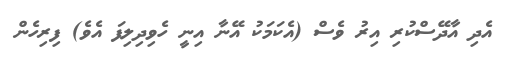
އެދި އާދޭސްކުރި އިރު ވެސް (އެކަމަކު އޭނާ އިނީ ހެވިދިލިފަ އެވެ) ފިރިހެން